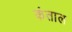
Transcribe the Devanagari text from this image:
कंताल